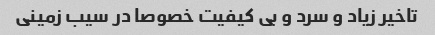
تاخیر زیاد و سرد و بی کیفیت خصوصا در سیب زمینی